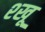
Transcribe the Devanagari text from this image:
श्खू